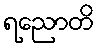
ရညောတိ